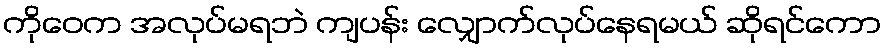
ကိုဝေက အလုပ်မရဘဲ ကျပန်း လျှောက်လုပ်နေရမယ် ဆိုရင်ကော